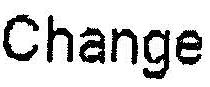
CHANGE